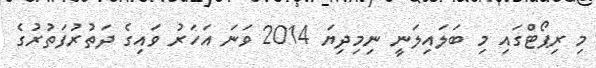
މި ރިޕޯޓްގައި މި ބަލައިލަނީ ނިމިދިޔަ 2014 ވަނަ އަހަރު ވައިގެ ދަތުރުފަތުރުގެ